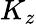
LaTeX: K_{z}